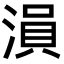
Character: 溳